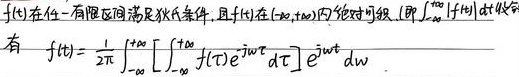
若\(f(t)\)在任一有限区间满足狄氏条件，且\(f(t)\)在\([-\infty,+\infty]\)内绝对可积（即\(\int_{-\infty}^{+\infty}|f(t)|dt\)收敛），则有
\[f(t)=\frac{1}{2\pi}\int_{-\infty}^{+\infty}\left[\int_{-\infty}^{+\infty}f(\tau)e^{-j\omega\tau}d\tau\right]e^{j\omega t}d\omega\]